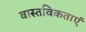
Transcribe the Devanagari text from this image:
वास्तविकताएं